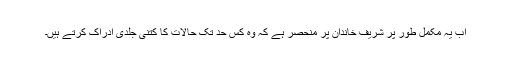
اب یہ مکمل طور پر شریف خاندان پر منحصر ہے کہ وہ کس حد تک حالات کا کتنی جلدی ادراک کرتے ہیں۔